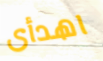
اهدأى